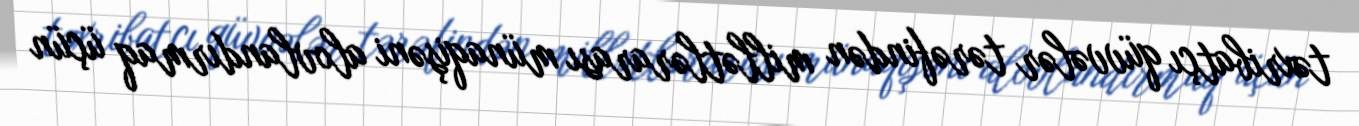
təxribatçı qüvvələr tərəfindən millətlərarası münaqişəni alovlandırmaq üçün